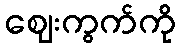
ဈေးကွက်ကို